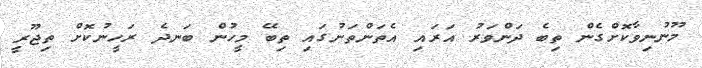
މޫނުނިވާކޮށްގެން ތިބެ ދަންވަރު އަރައި އެތަންތަނުގައި ތިބޭ މީހުން ބަނދެ ރަހީނުކޮށް ތިޖޫރީ